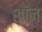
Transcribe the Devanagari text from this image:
शाॅन